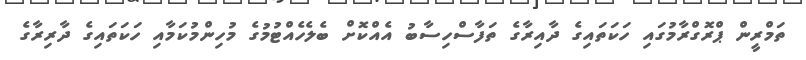
ތަމްރީން ޕްރޮގްރާމުގައި ހަކަތައިގެ ދާއިރާގެ ތަފާސްހިސާބު އެއްކޮށް ބެލެހެއްޓުމުގެ މުހިންމުކަމާއި ހަކަތައިގެ ދާރިރާގެ